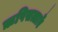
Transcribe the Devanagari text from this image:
ऋषिसत्ताएँ